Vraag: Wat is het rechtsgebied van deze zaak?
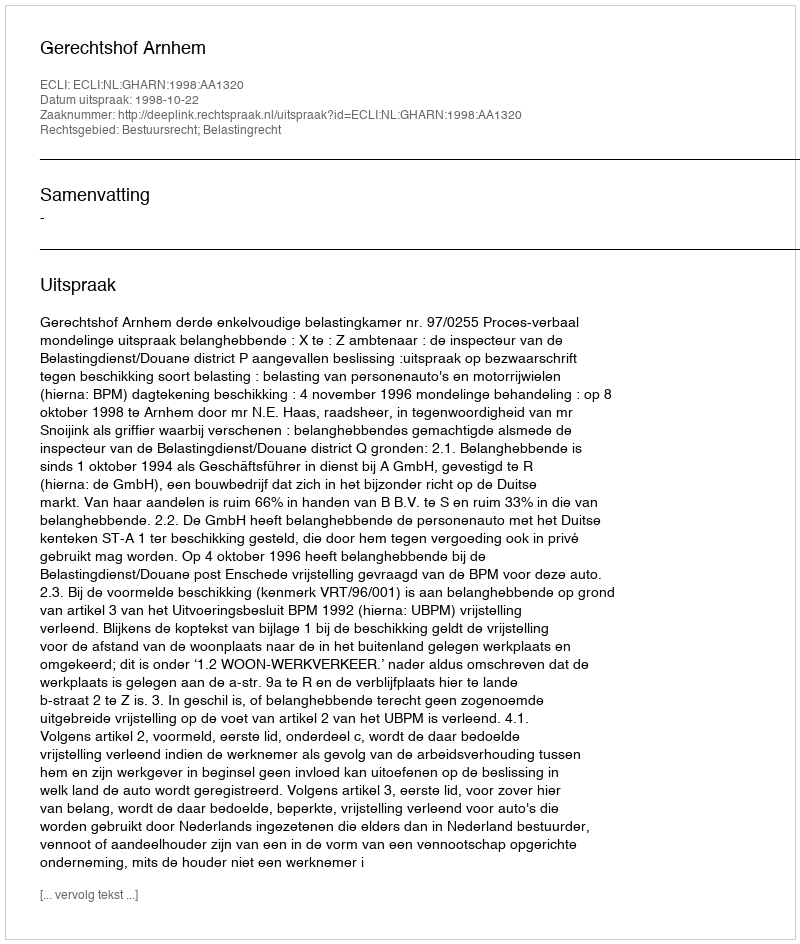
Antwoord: Bestuursrecht; Belastingrecht